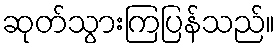
ဆုတ်သွားကြပြန်သည်။